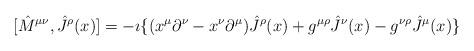
LaTeX: \begin{align*}[{\hat M}^{\mu\nu},{\hat J}^{\rho}(x)]= -\imath\{(x^{\mu}\partial^{\nu}-x^{\nu}\partial^{\mu}){\hat J}^{\rho}(x)+g^{\mu\rho}{\hat J}^{\nu}(x)-g^{\nu\rho}{\hat J}^{\mu}(x)\}\end{align*}